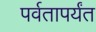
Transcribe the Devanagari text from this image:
पर्वतापर्यंत